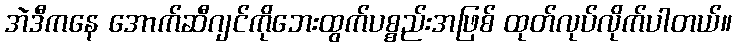
အဲဒီကနေ အောက်ဆီဂျင်ကိုဘေးထွက်ပစ္စည်းအဖြစ် ထုတ်လုပ်လိုက်ပါတယ်။